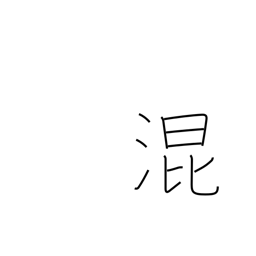
Meaning: mix